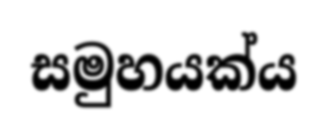
සමුහයක්ය